Notes on vaccination in the North-West Frontier Province 1923-1928 - 1923-1928
Year: 1923
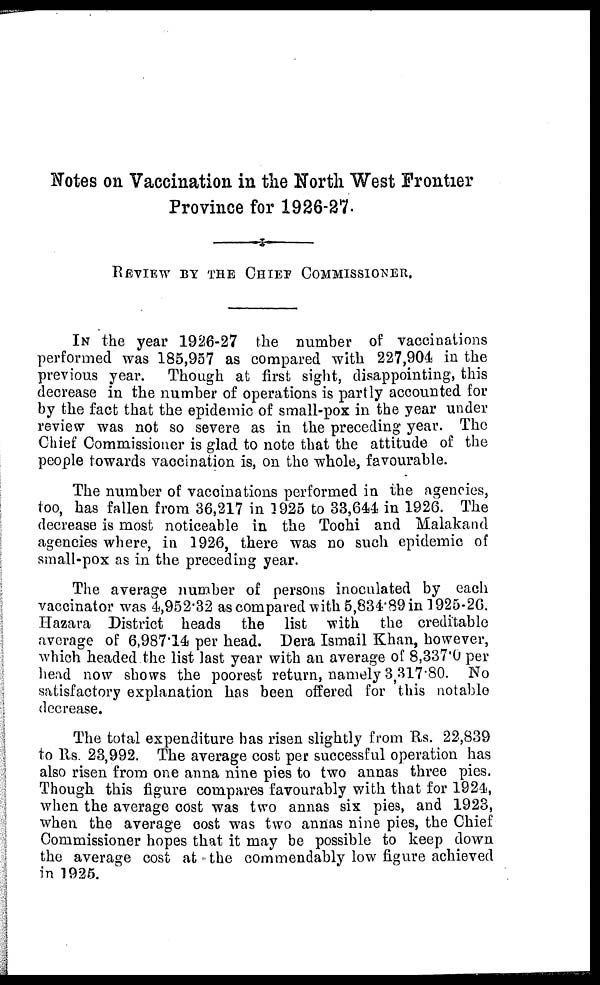
Notes on Vaccination in the North West Frontier
Province for 1926-27.
REVIEW BY THE CHIEF COMMISSIONER.
IN the year 1926-27 the number of vaccinations
performed was 185,957 as compared with 227,904 in the
previous year. Though at first sight, disappointing, this
decrease in the number of operations is partly accounted for
by the fact that the epidemic of small-pox in the year under
review was not so severe as in the preceding year. The
Chief Commissioner is glad to note that the attitude of the
people towards vaccination is, on the whole, favourable.
The number of vaccinations performed in the agencies,
too, has fallen from 36,217 in 1925 to 33,644 in 1926. The
decrease is most noticeable in the Tochi and Malakand
agencies where, in 1926, there was no such epidemic of
small-pox as in the preceding year.
The average number of persons inoculated by each
vaccinator was 4,952.32 as compared with 5,834.89 in 1925-26.
Hazara District heads the list with the creditable
average of 6,987.14 per head. Dera Ismail Khan, however,
which headed the list last year with an average of 8,337.0 per
head now shows the poorest return, namely 3,317.80. No
satisfactory explanation has been offered for this notable
decrease.
The total expenditure has risen slightly from Rs. 22,839
to Rs. 23,992. The average cost per successful operation has
also risen from one anna nine pies to two annas three pies.
Though this figure compares favourably with that for 1924,
when the average cost was two annas six pies, and 1923,
when the average cost was two annas nine pies, the Chief
Commissioner hopes that it may be possible to keep down
the average cost at the commendably low figure achieved
in 1925.